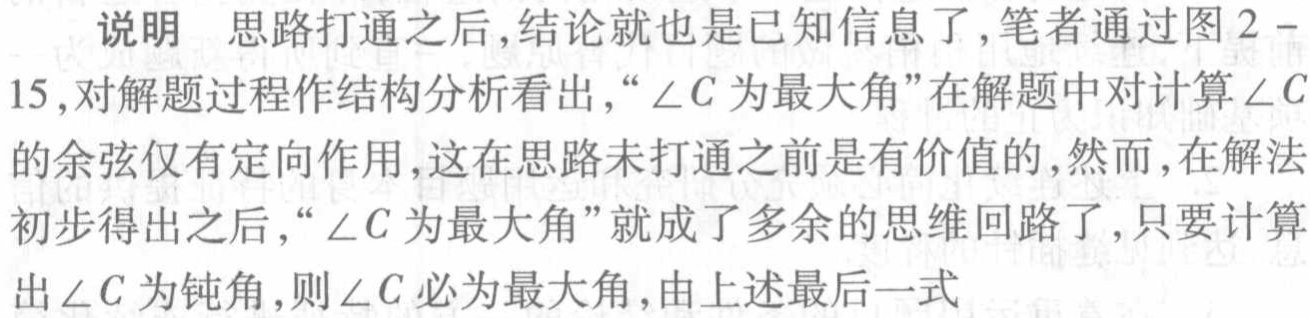
说明 思路打通之后,结论就也是已知信息了,笔者通过图2 -
15,对解题过程作结构分析看出,“\(\angle C\)为最大角”在解题中对计算\(\angle C\)
的余弦仅有定向作用,这在思路未打通之前是有价值的,然而,在解法
初步得出之后,“\(\angle C\)为最大角”就成了多余的思维回路了,只要计算
出\(\angle C\)为钝角,则\(\angle C\)必为最大角,由上述最后一式